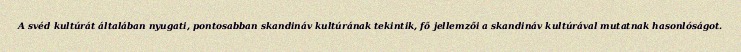
A svéd kultúrát általában nyugati, pontosabban skandináv kultúrának tekintik, fő jellemzői a skandináv kultúrával mutatnak hasonlóságot.